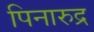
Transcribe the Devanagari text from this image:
पिनारुद्र